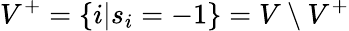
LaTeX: V^{+}=\{ i|s_{i}=-1\} =V\setminus V^{+}